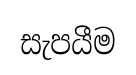
සැපයීම